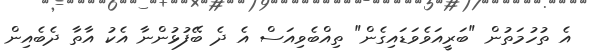
އެ ތުހުމަތުން "ބަރީއަވެވަޑައިގެން" ތިއްބެވިއަސް އެ ދެ ބޭފުޅުންނާ އެކު އާތާ ދެބެއިން